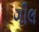
ગીલ